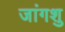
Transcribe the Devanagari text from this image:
जांगशु